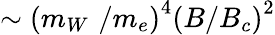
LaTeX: \sim\left(m_{W}\, \, /m_{e}\right)^{4}\left(B/B_{c}\right)^{2}